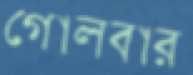
গোলবার